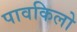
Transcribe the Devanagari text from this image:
पावकिलो